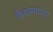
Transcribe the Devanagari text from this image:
कैवल्याच्या